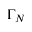
\Gamma _ { N }